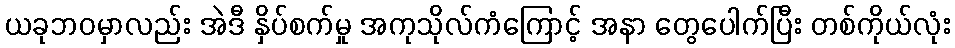
ယခုဘဝမှာလည်း အဲဒီ နှိပ်စက်မှု အကုသိုလ်ကံကြောင့် အနာ တွေပေါက်ပြီး တစ်ကိုယ်လုံး